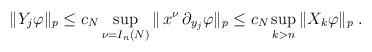
LaTeX: \begin{align*}\|Y_j\varphi\|_p\leq c_N\sup_{\nu=I_n(N)}\| \,x^\nu\,\partial_{y_j}\varphi\|_p\leq c_N \sup_{k>n}\|X_k\varphi\|_p\;.\end{align*}